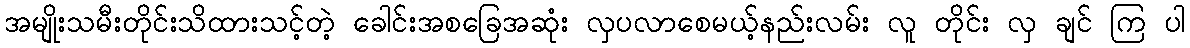
အမျိုးသမီးတိုင်းသိထားသင့်တဲ့ ခေါင်းအစခြေအဆုံး လှပလာစေမယ့်နည်းလမ်း လူ တိုင်း လှ ချင် ကြ ပါ